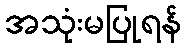
အသုံးမပြုရန်